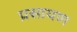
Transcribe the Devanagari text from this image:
प्रसायण